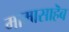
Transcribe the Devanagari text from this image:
मामासाहॆब